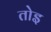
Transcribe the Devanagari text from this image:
तोइ